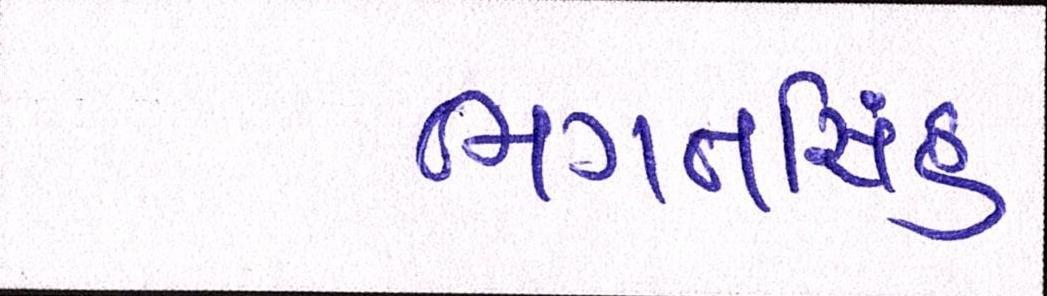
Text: ભગતસિંહ